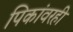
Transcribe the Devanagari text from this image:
पिकांवरही